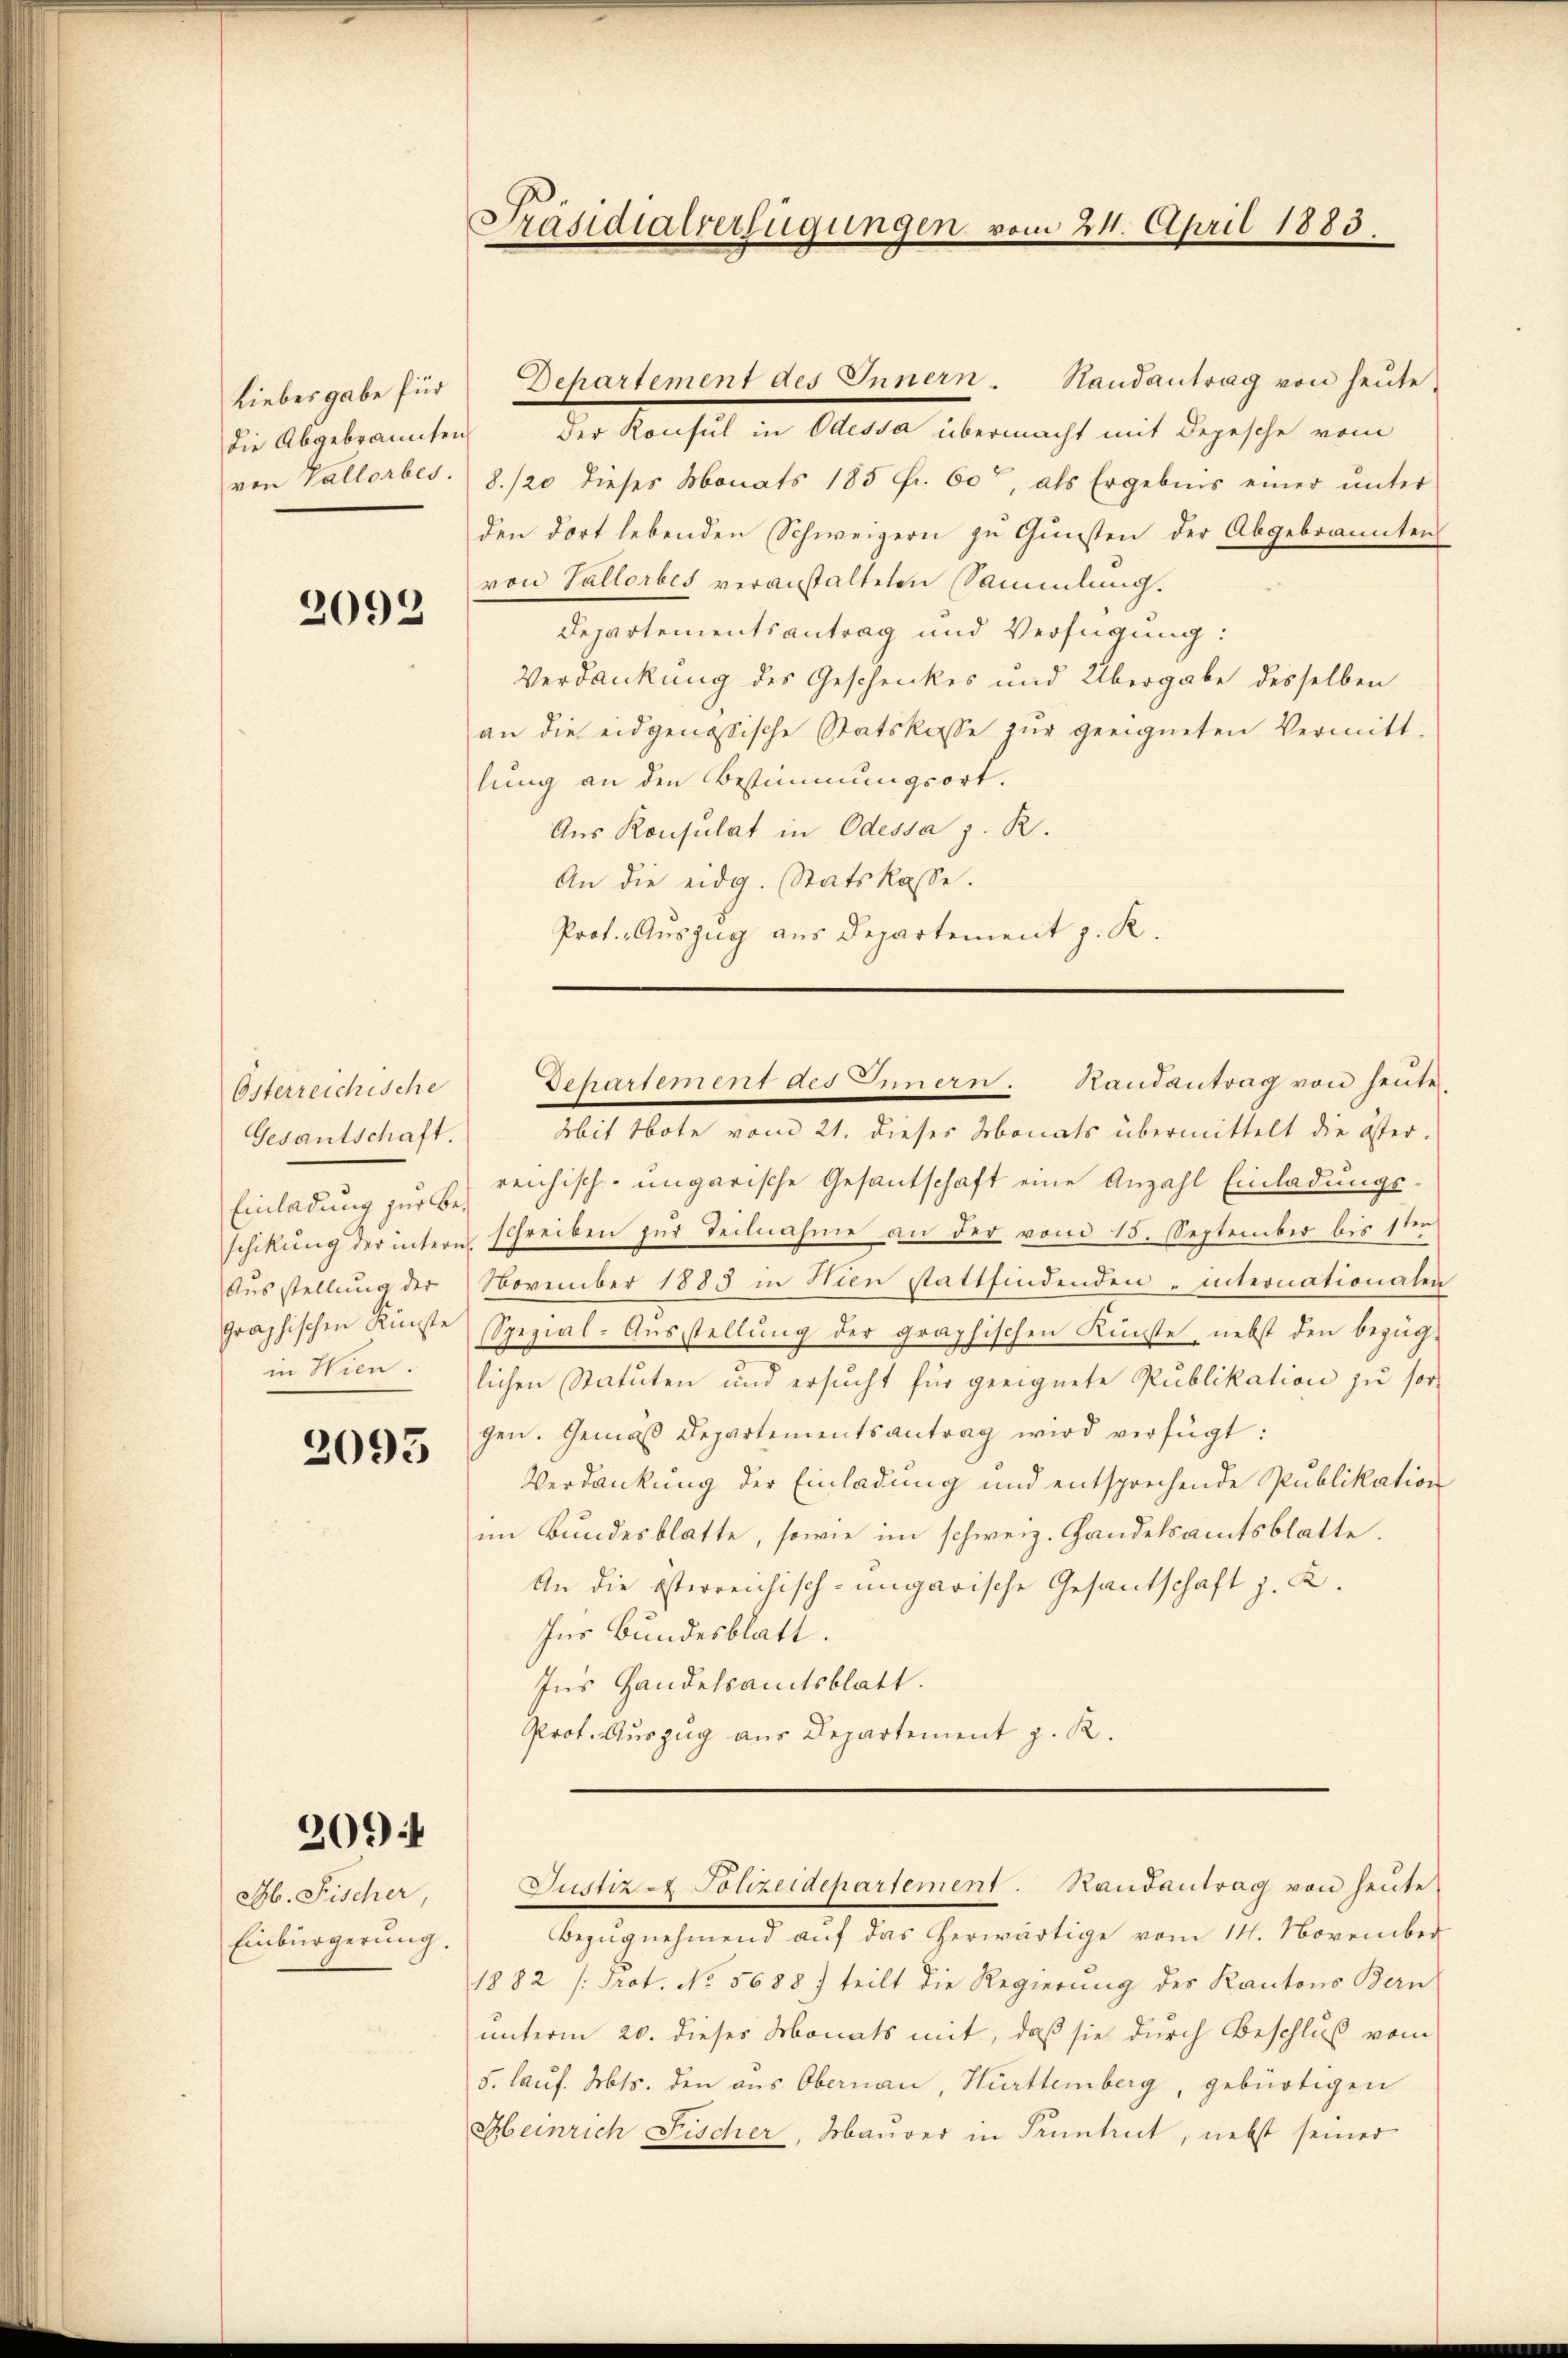
Liebesgabe für
Die Abgebrannten,
von Vallorbes.

2092

Österreichische
Gesantschaft.
Einladung zur Be¬
Ausstellung der

2093

2094

M. Fischer
Einbürgerung.

Mit Note vom 21. dieses Monats übermittelt die öster-
reichisch-ungarische Gesantschaft eine Anzahl Einladungs-
schikung der intern schreiben zur Teilnahme an der vom 15. September bis 1ten
November 1885 in Hien stattfindenden „internationalen
graphischen Richte Spezial-Ausstellung der graphischen Künste, nebst den bezüg-
in Wienlichen Statuten und ersucht für geeignete Publikation zu sorgen. Gemäβ Departementsantrag wird verfügt:
Verdankung der Einladung und entsprechende Publikation
im Bundesblatte, sowie im schweiz. Handelsamtsblatte.
An die österreichisch-ungarische Gesantschaft z. K.
Ins Bundesblatt.
Ins Handelsamtsblatt.
Prot. Auszug aus Departement z. R.

Präsidialverfügungen vom 24. April 1883.

der Konsul in Odessa übermacht mit Depesche vom
8./20 dieses Monats 185 fr. 60, als Ergebnis einer unter
den dort lebenden Schweizern zu Gunsten der Abgebrannten
von Vallorbes veranstalteten Sammlung.
Departementsantrag und Verfügung:
Verdankung des Geschenkes und Übergabe desselben
an die eidgenössische Statskasse zŭr geeigneten Vermitt-
lung an den Bestimmungsort.
Aus Konsulat in Odessa z. R.
An die eidg. Statskasse.
Prof. Auszug aus Departement z. K.

Departement des Innern Randantrag von heŭte

Dehartement des Innern. Handantrag von heute

Justiz - Polizeidepartement. Randantrag von heute

Bezŭgnehmend aŭf das herwärtige vom 14. November
1882 /: Prot. No. 5688) teilt die Regierŭng des Kantons Bern
unterm 20. dieses Monats mit, daß sie durch Beschluß vom
5. lauf. Mts. den aus Obernau, Hurttemberg, gebürtigen
Meinrich Fischer, Maurer in Pruntrut, nebst seiner